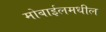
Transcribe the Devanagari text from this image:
मोबाईलमधील